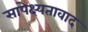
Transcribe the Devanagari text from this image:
सापेक्ष्यतावाद